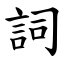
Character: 詞